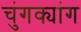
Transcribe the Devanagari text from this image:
चुंगक्यांग